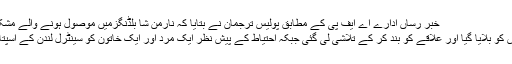
خبر رساں ادارے اے ایف پی کے مطابق پولیس ترجمان نے بتایا کہ نارمن شا بلڈنگزمیں موصول ہونے والے مشکوک پیکٹ کی
اطلاع پر پولیس کو بلایا گیا اور علاقے کو بند کر کے تلاشی لی گئی جبکہ احتیاط کے پیش نظر ایک مرد اور ایک خاتون کو سینٹرل لندن کے اسپتال لے جایا گیا۔